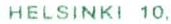
HELSINKI 10,